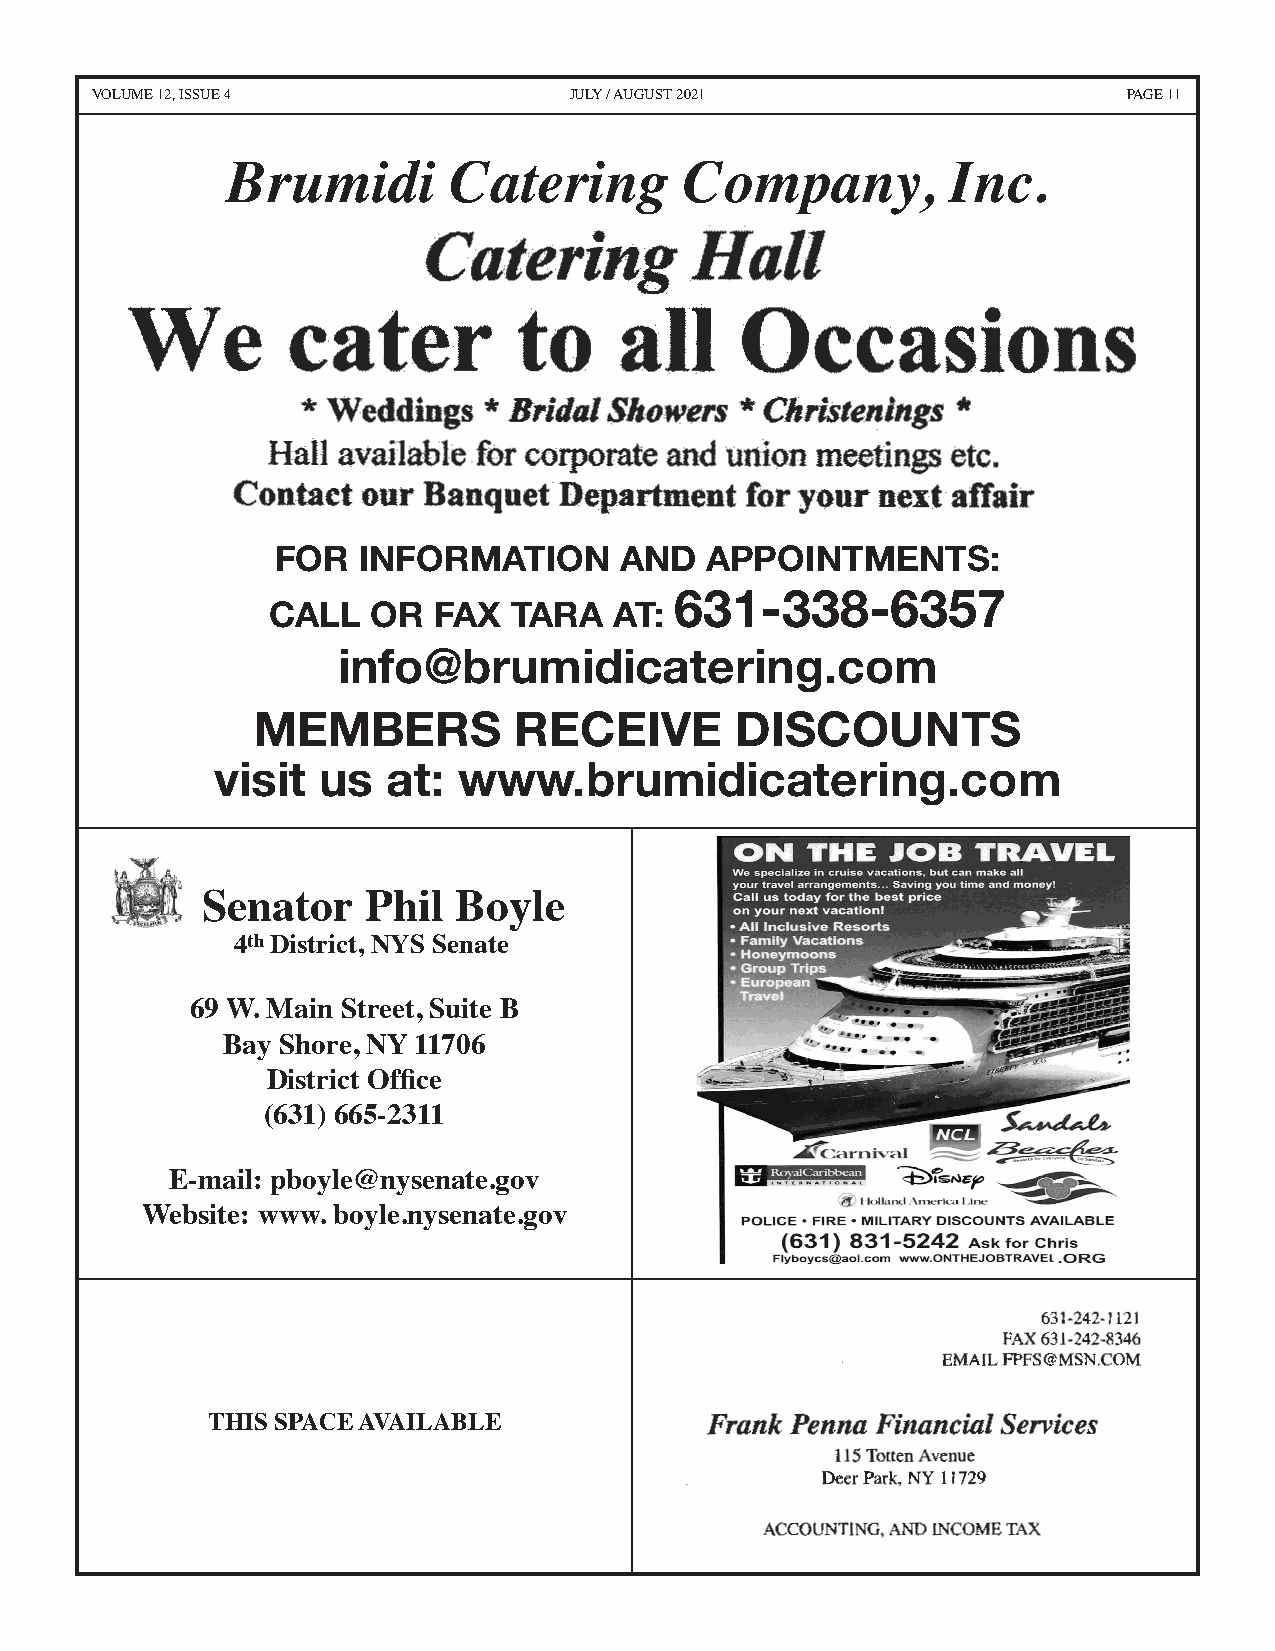
VOLUME 12, ISSUE 4              JULY / AUGUST 2021                   PAGE 11
 Brumidi        Catering       Company,          Inc.
 FOR   INFORMATION      AND   APPOINTMENTS:
 631-338-6357
 CALL   OR  FAX  TARA   AT:
 info@brumidicatering.com
 MEMBERS          RECEIVE        DISCOUNTS
 visit  us   at: www.brumidicatering.com
 Senator    Phil  Boyle
 Senator Phil Boyle
 S e n a t o r P h 4 i lt h B
 4
 D toh y Dilse it sr ti rc ict t,
 ,
 N NY YS
 S
 S See nn aa tete
 4 t h D i s t r i c t , N Y S S e n a t e
 69 W. Main Street, Suite B 6 9 W. Main Street, Suite B
 Bay Shor6e, 9N YW 11.7 0M6 a i n S t r e e t ,e -mSauil:i ptebo yBle@ n y s e n a t e .g o v
 District OBffiacey ( 6S31h) 6o6r5e-2,3 1N1 Y W1Be1b7siat0e:6 wy w w .S b o y hl e . n oy s e rn a t ee .g ,o v N Ye-m 1ai1l: 7pb0o6yle@nysenate.gov
 District Office (631) 665-2311 Website: www.boyle.nysenate.gov
 District Office
 (631) 665-2311
 E-mail: pboyle@nysenate.gov
 Website: www. boyle.nysenate.gov
 THIS SPACE AVAILABLE